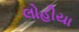
લોહીયા